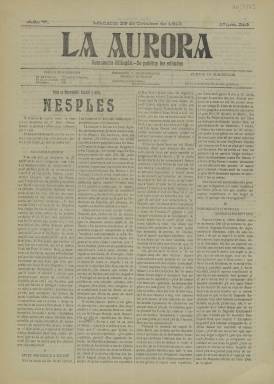
Título: La Aurora (Manacor)
Colección: Periódicos
Ámbito geográfico: Baleares
Lugar de publicación: Manacor [Baleares]
Fechas: 29/10/1910-29/10/1910